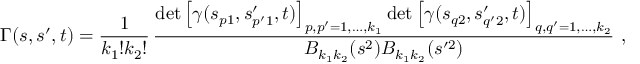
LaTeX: \Gamma ( s , s ^ { \prime } , t ) = \frac { 1 } { k _ { 1 } ! k _ { 2 } ! } \, \frac { \operatorname * { d e t } \left[ \gamma ( s _ { p 1 } , s _ { p ^ { \prime } 1 } ^ { \prime } , t ) \right] _ { p , p ^ { \prime } = 1 , \ldots , k _ { 1 } } \operatorname * { d e t } \left[ \gamma ( s _ { q 2 } , s _ { q ^ { \prime } 2 } ^ { \prime } , t ) \right] _ { q , q ^ { \prime } = 1 , \ldots , k _ { 2 } } } { B _ { k _ { 1 } k _ { 2 } } ( s ^ { 2 } ) B _ { k _ { 1 } k _ { 2 } } ( s ^ { \prime 2 } ) } \ ,